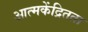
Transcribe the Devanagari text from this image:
आत्मकेंद्रितता